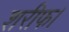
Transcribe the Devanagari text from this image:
शरीफ।